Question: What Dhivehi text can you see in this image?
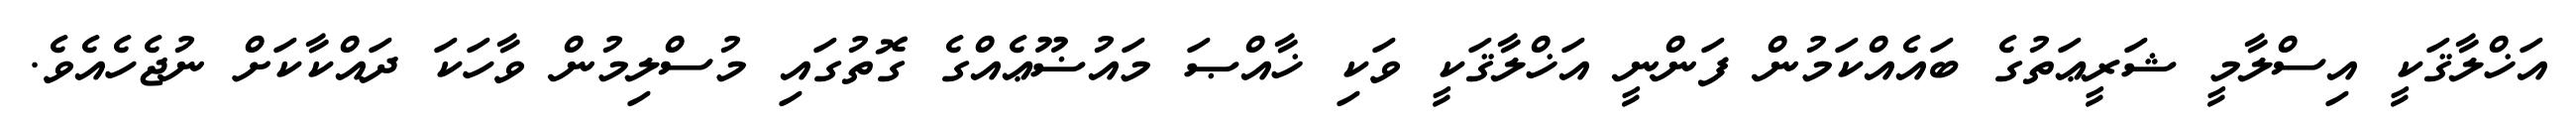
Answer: އަޚްލާޤަކީ އިސްލާމީ ޝަރީޢަތުގެ ބައެއްކަމުން ފަންނީ އަޚްލާޤަކީ ވަކި ޚާއްޞަ މައުޟޫޢެއްގެ ގޮތުގައި މުސްލިމުން ވާހަކަ ދައްކާކަށް ނުޖެހެއެވެ.